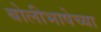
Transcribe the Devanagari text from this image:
बोलीभाषेच्या